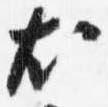
尤